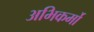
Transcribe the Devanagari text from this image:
अभिकर्मो